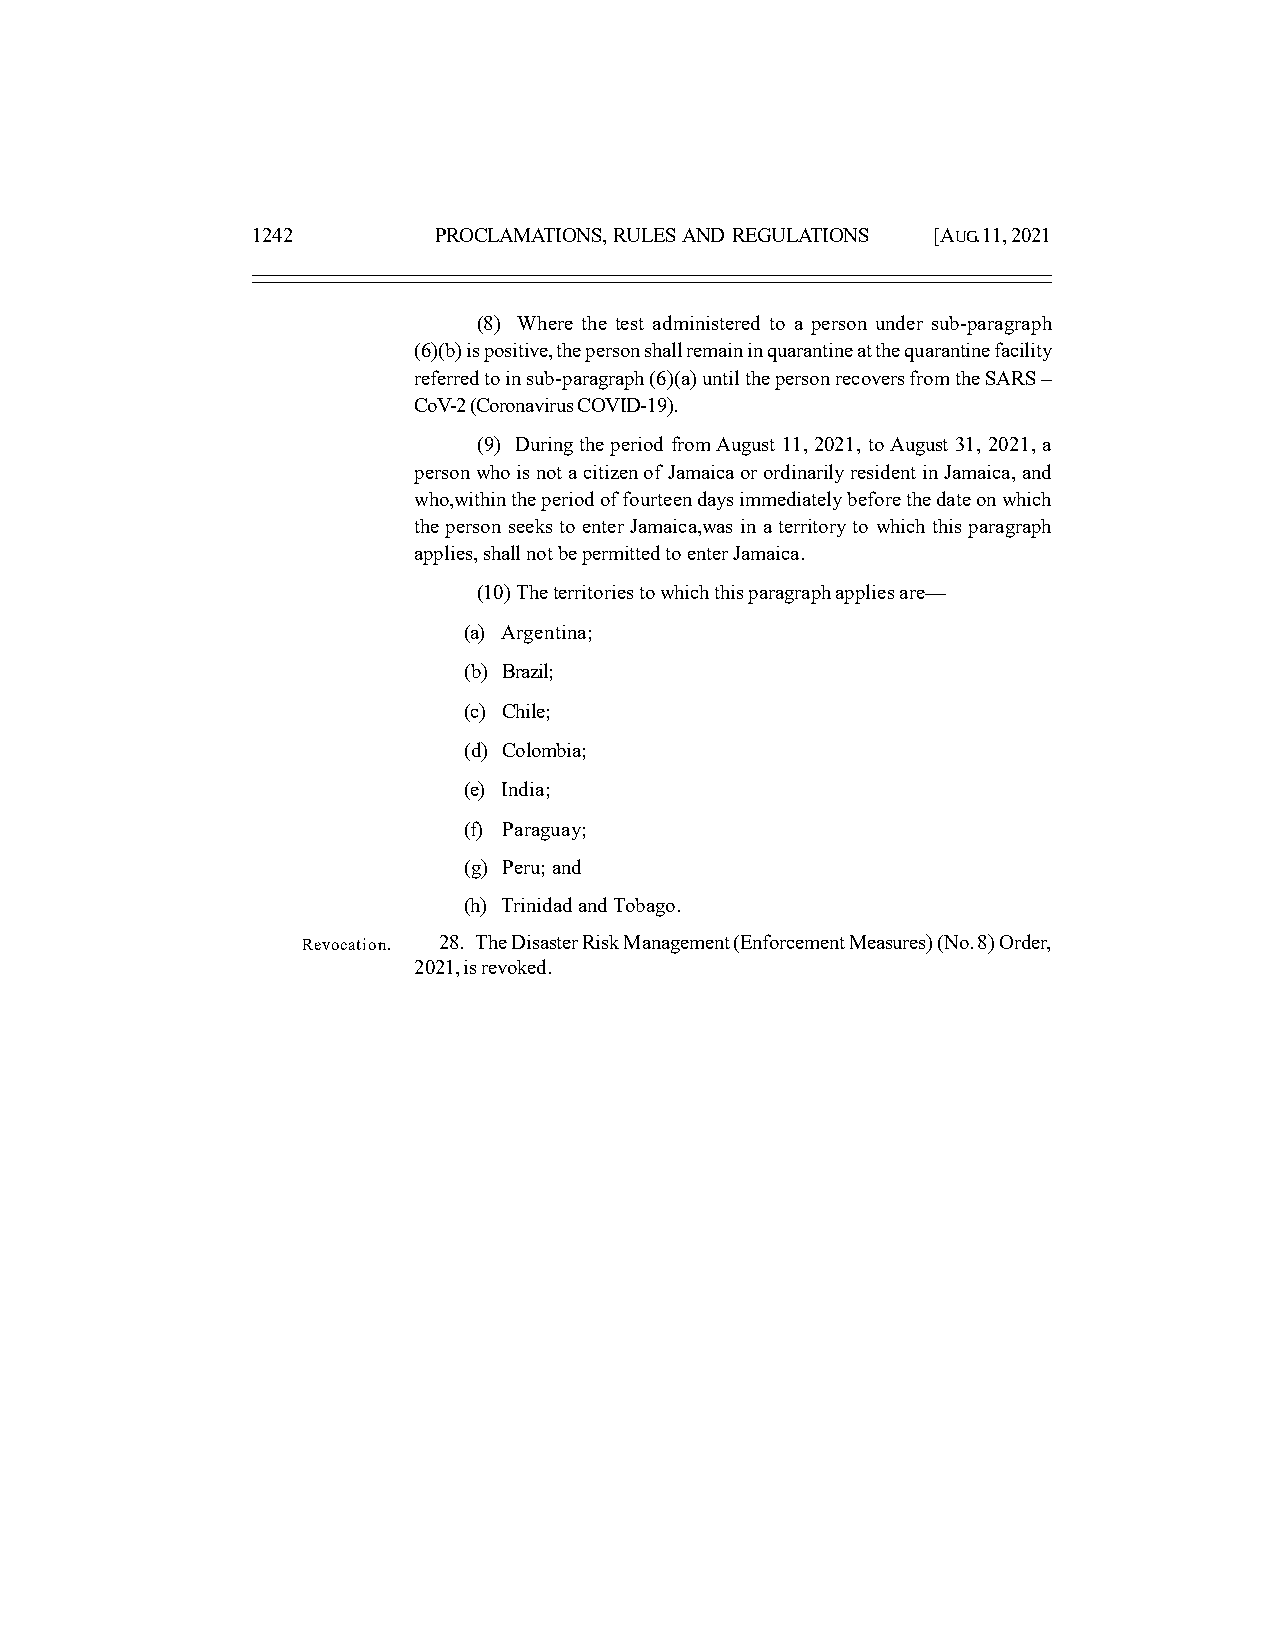
1242        PROCLAMATIONS, RULES AND REGULATIONS [AUG. 11, 2021
 (8) Where the test administered to a person under sub-paragraph
 (6)(b) is positive, the person shall remain in quarantine at the quarantine facility
 referred to in sub-paragraph (6)(a) until the person recovers from the SARS –
 CoV-2 (Coronavirus COVID-19).
 (9) During the period from August 11, 2021, to August 31, 2021, a
 person who is not a citizen of Jamaica or ordinarily resident in Jamaica, and
 who,within the period of fourteen days immediately before the date on which
 the person seeks to enter Jamaica,was in a territory to which this paragraph
 applies, shall not be permitted to enter Jamaica.
 (10) The territories to which this paragraph applies are—
 (a) Argentina;
 (b) Brazil;
 (c) Chile;
 (d) Colombia;
 (e) India;
 (f) Paraguay;
 (g) Peru; and
 (h) Trinidad and Tobago.
 Revocation. 28. The Disaster Risk Management (Enforcement Measures) (No. 8) Order,
 2021, is revoked.